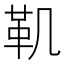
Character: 𩉜